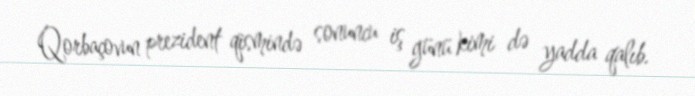
Qorbaçovun prezident qismində sonuncu iş günü kimi də yadda qalıb.